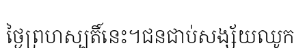
ថ្ងៃព្រហស្បតិ៍នេះ។ជនជាប់សង្ស័យឈូក